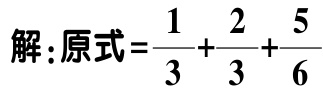
解：原式=$\frac{1}{3}+\frac{2}{3}+\frac{5}{6}$